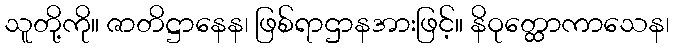
သူတို့ကို။ ဇာတိဋ္ဌာနေန၊ ဖြစ်ရာဌာနအားဖြင့်။ နိဝုတ္ထောကာသေန၊